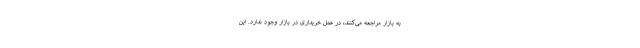
به بازار مراجعه می‌کنند، در عمل خریداری در بازار وجود ندارد. این